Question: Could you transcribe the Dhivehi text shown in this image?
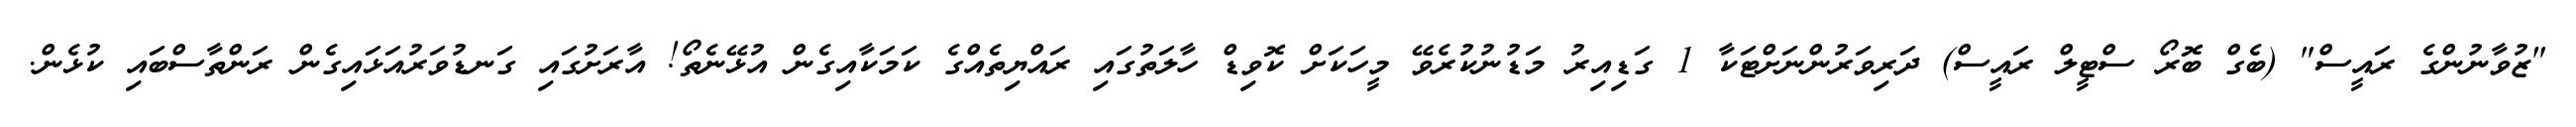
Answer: "ޒުވާނުންގެ ރައީސް" (ބެގް ބޮރޯ ސްޓީލް ރައީސް) ދަރިވަރުންނަށްޓަކާ 1 ގަޑިއިރު މަޑުނުކުރެވޭ މީހަކަށް ކޮވިޑް ހާލަތުގައި ރައްޔިތެއްގެ ކަމަކާއިގެން އުޅޭނެތޯ! އާރަށުގައި ގަނޑުވަރުއަޅައިގެން ރަންތާސްބައި ކުޅެން.